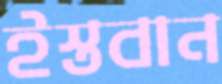
ইস্তবান